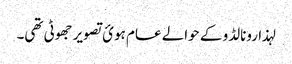
لہذا رونالڈو کے حوالے عام ہوئ تصویر جھوٹی تھی۔